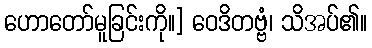
ဟောတော်မူခြင်းကို။] ဝေဒိတဗ္ဗံ၊ သိအပ်၏။